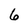
Character: 6